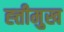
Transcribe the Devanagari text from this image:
ह्त्तीमुख